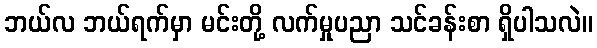
ဘယ်လ ဘယ်ရက်မှာ မင်းတို့ လက်မှုပညာ သင်ခန်းစာ ရှိပါသလဲ။